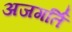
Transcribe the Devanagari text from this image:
अजगर्ति